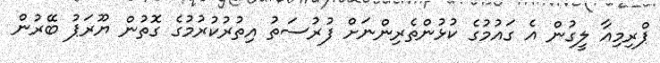
ޕްރިމިއާ ލީގުން އެ ގައުމުގެ ކުޅުންތެރިންނަށް ފުރުސަތު އިތުރުކުރުމުގެ ގޮތުން ޔޫރަޕު ބޭރުން